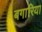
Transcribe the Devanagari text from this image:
बगारिया